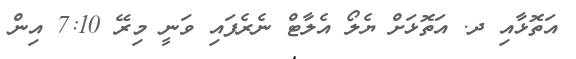
އަތޮޅާއި ދ. އަތޮޅަށް ޔެލޯ އެލާޓް ނެރެފައި ވަނީ މިރޭ 7:10 އިން